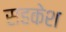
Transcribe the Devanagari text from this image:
सहकेश